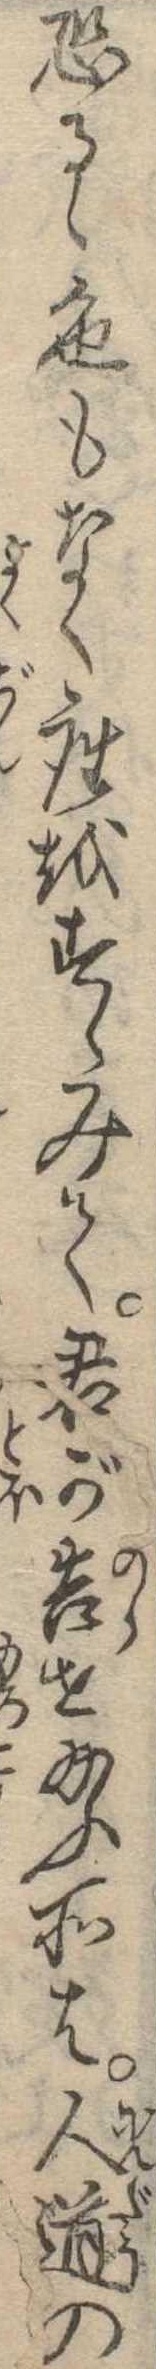
恐るゝ色もなく座をすゝみて君が告せ給ふ所は人道の